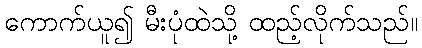
ကောက်ယူ၍ မီးပုံထဲသို့ ထည့်လိုက်သည်။